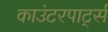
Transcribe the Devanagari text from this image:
काउंटरपार्ट्स